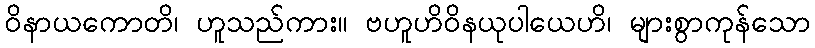
ဝိနာယကောတိ၊ ဟူသည်ကား။ ဗဟူဟိဝိနယုပါယေဟိ၊ များစွာကုန်သော